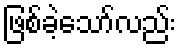
ဖြစ်ခဲ့သော်လည်း